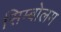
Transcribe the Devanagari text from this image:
सिम्बोलम